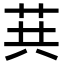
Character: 𦮎